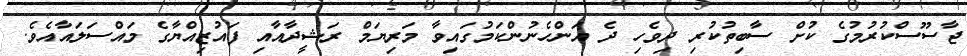
ޖާސޫސްކުރުމުގެ ކުށް ސާބިތުކުރި ދިވެހި ދެ އަންހެނުންކަމުގައިވާ މަރިޔަމް ރަޝީދާއާއި ފައުޒިއްޔާގެ މައްސަލައާއެވެ.